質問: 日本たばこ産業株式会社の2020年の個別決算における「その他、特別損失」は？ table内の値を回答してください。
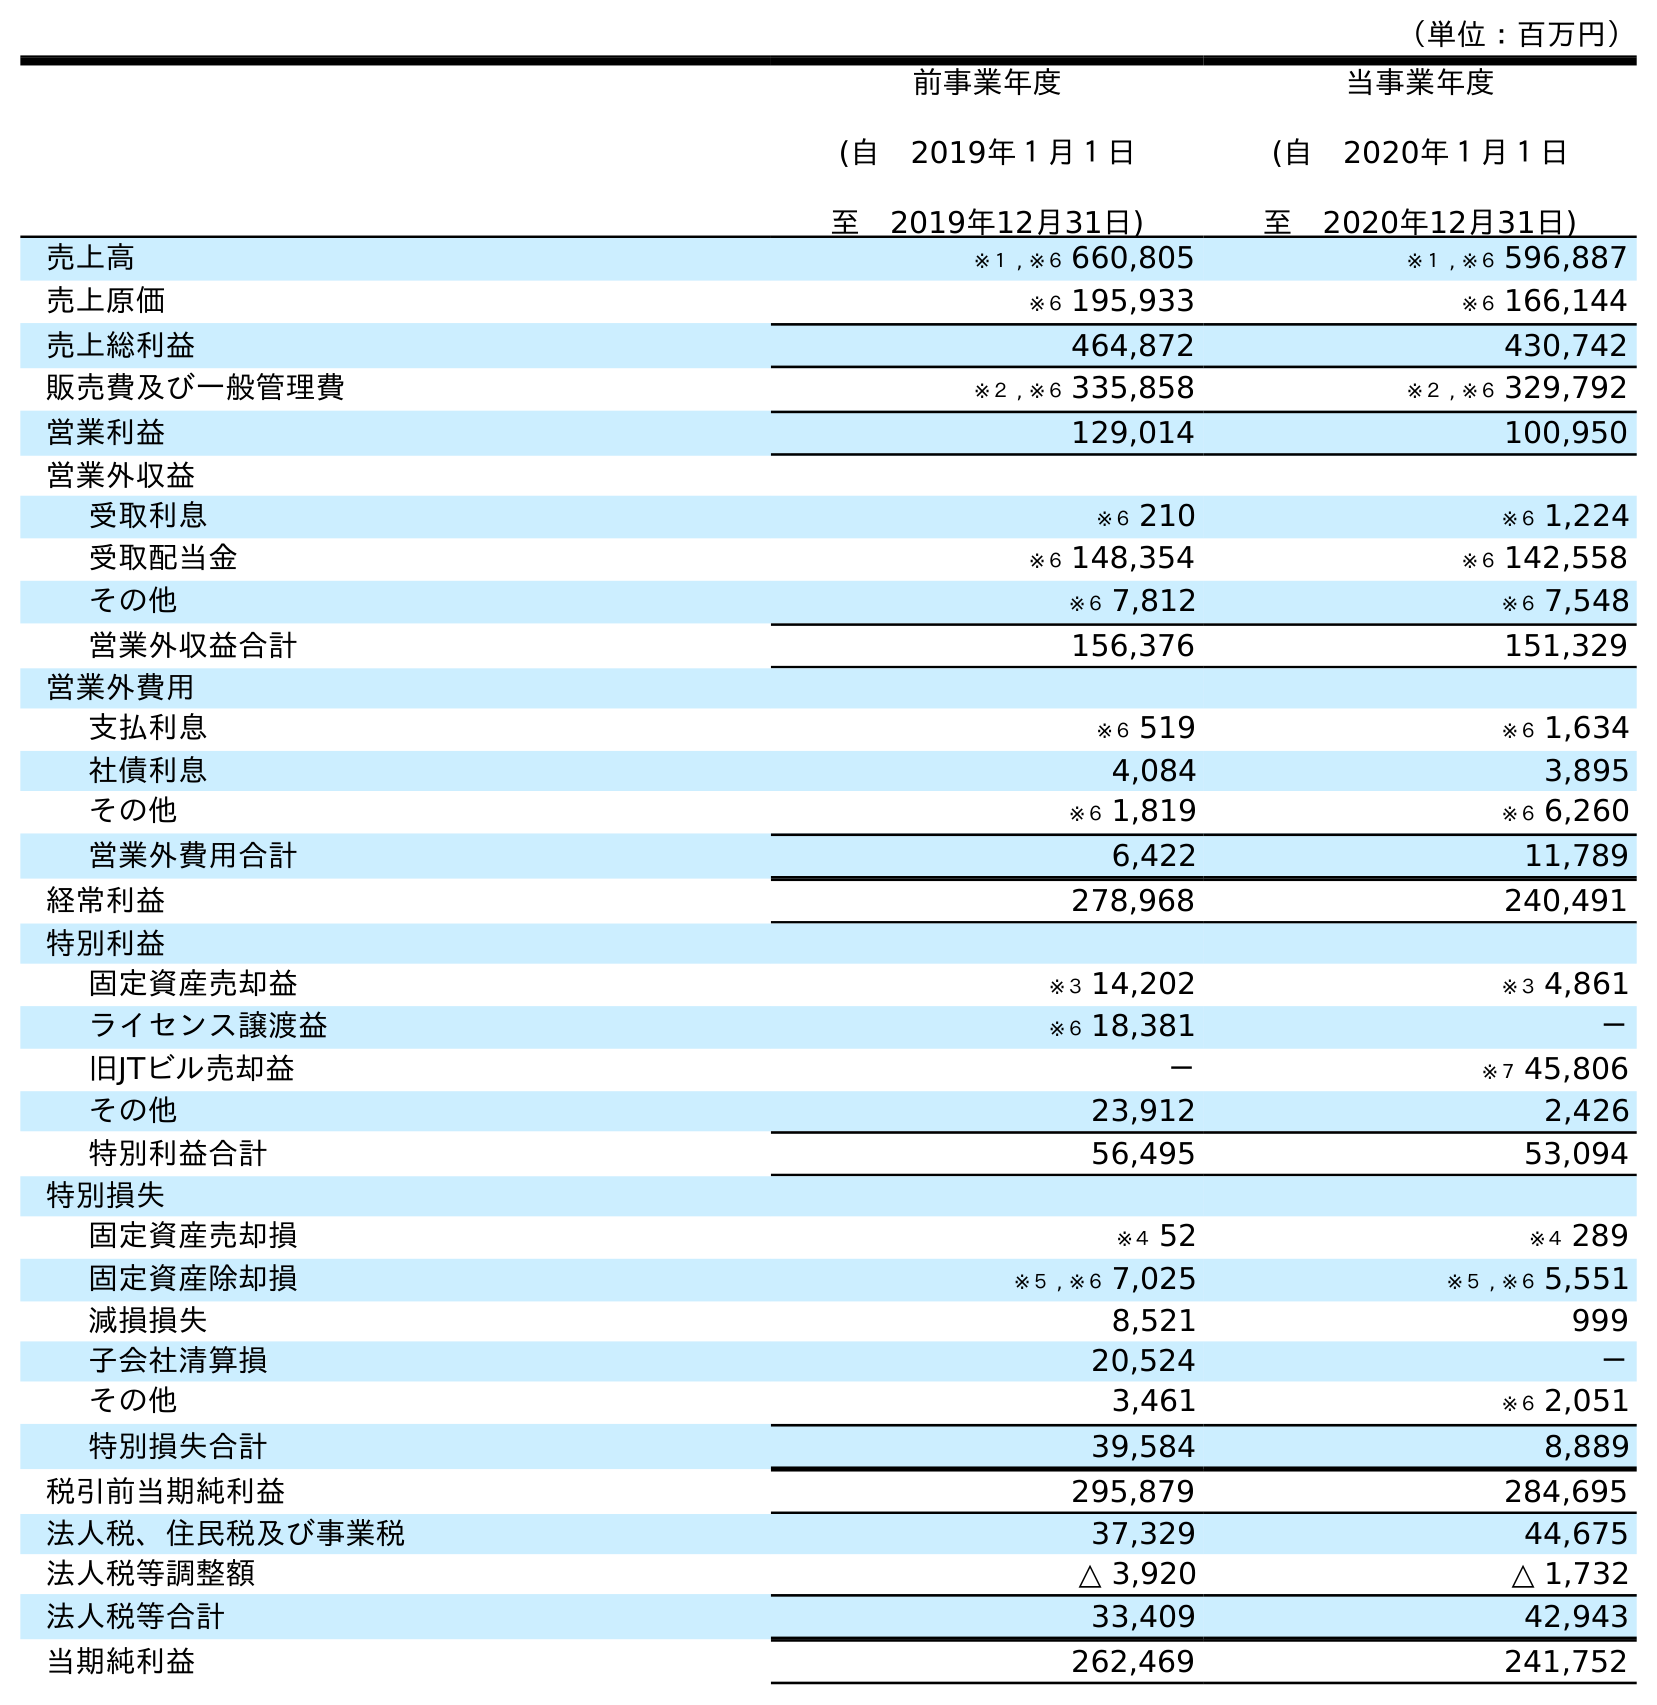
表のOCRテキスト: （単位：百万円） 前事業年度 (自 2019年１月１日 至 2019年12月31日) 当事業年度 (自 2020年１月１日 至 2020年12月31日) 売上高 ※１ , ※６ 660,805 ※１ , ※６ 596,887 売上原価 ※６ 195,933 ※６ 166,144 売上総利益 464,872 430,742 販売費及び一般管理費 ※２ , ※６ 335,858 ※２ , ※６ 329,792 営業利益 129,014 100,950 営業外収益 受取利息 ※６ 210 ※６ 1,224 受取配当金 ※６ 148,354 ※６ 142,558 その他 ※６ 7,812 ※６ 7,548 営業外収益合計 156,376 151,329 営業外費用 支払利息 ※６ 519 ※６ 1,634 社債利息 4,084 3,895 その他 ※６ 1,819 ※６ 6,260 営業外費用合計 6,422 11,789 経常利益 278,968 240,491 特別利益 固定資産売却益 ※３ 14,202 ※３ 4,861 ライセンス譲渡益 ※６ 18,381 － 旧JTビル売却益 － ※７ 45,806 その他 23,912 2,426 特別利益合計 56,495 53,094 特別損失 固定資産売却損 ※４ 52 ※４ 289 固定資産除却損 ※５ , ※６ 7,025 ※５ , ※６ 5,551 減損損失 8,521 999 子会社清算損 20,524 － その他 3,461 ※６ 2,051 特別損失合計 39,584 8,889 税引前当期純利益 295,879 284,695 法人税、住民税及び事業税 37,329 44,675 法人税等調整額 △ 3,920 △ 1,732 法人税等合計 33,409 42,943 当期純利益 262,469 241,752
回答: ※６2,051